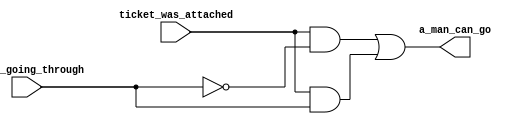
module Golev_IVT_22_Lab_1_2 (
	
	input a_man_going_through,
	input ticket_was_attached,
	output a_man_can_go
);

assign a_man_can_go = (ticket_was_attached & ~a_man_going_through) | (ticket_was_attached & a_man_going_through);
	
endmodule